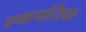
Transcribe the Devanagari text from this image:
एकपतिक